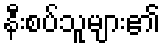
နီးစပ်သူများ၏